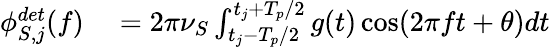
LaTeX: \begin{array}{rl}{\phi_{S,j}^{det}(f)}&{{}=2\pi\nu_{S}\int_{t_{j}-T_{p}/2}^{t_{j}+T_{p}/2}g(t)\cos(2\pi ft+\theta)dt}\end{array}